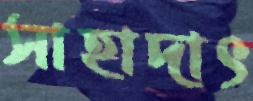
সাহাদাৎ